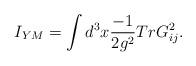
LaTeX: \begin{align*}I_{YM}=\int d^3x \frac{-1}{2g^2}TrG_{ij}^2 .\end{align*}